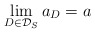
\begin{align*} \lim_{D\in \mathcal{D}_S} a_D =a\end{align*}